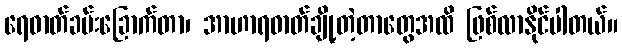
ရေဓာတ်ခမ်းခြောက်တာ၊ အာဟာရဓာတ်ချို့တဲ့တာတွေအထိ ဖြစ်လာနိုင်ပါတယ်။